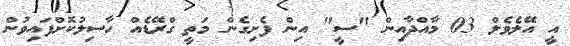
އީ އޭލެވެލް 03 މާއްދާއިން "ސީ" އިން ފެށިގެން މަތީ ގްރޭޑެއް ހާސިލުކޮށްފައިވުން